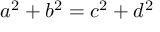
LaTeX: a ^ { 2 } + b ^ { 2 } = c ^ { 2 } + d ^ { 2 }